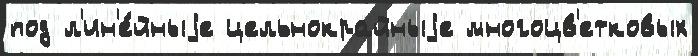
под л'ин'е́йныjе цельнокрайныjе многоцв'етковых